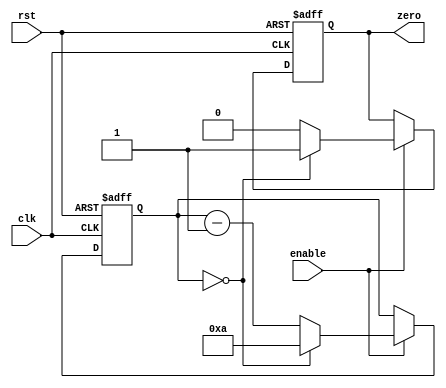
module Modulo_N_Down_Counter (
    input clk,
    input rst,
    input enable,
    output reg zero
);

parameter N = 10; // Specified value for the counter

reg [3:0] count; // 4-bit counter

always @(posedge clk or posedge rst) begin
    if (rst) begin
        count <= N;
        zero <= 0;
    end else begin
        if (enable) begin
            if (count == 0) begin
                count <= N;
                zero <= 1;
            end else begin
                count <= count - 1;
                zero <= 0;
            end
        end
    end
end

endmodule